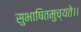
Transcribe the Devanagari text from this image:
सुभाषितमुच्यते।।